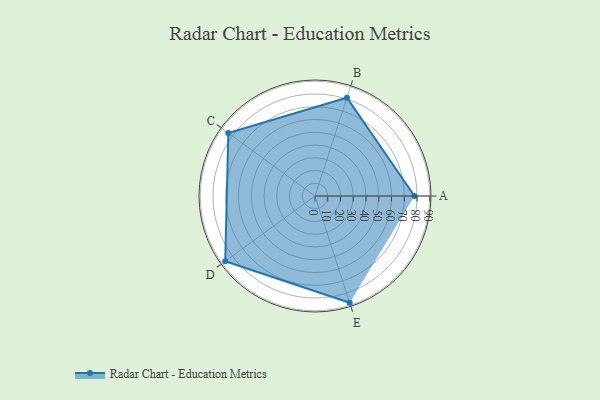
{"axis": {"x": "Skill", "y": "Score"}, "legend": ["Profile"], "data": [{"x": "A", "y": 78.0, "type": "Profile"}, {"x": "B", "y": 81.0, "type": "Profile"}, {"x": "C", "y": 84.0, "type": "Profile"}, {"x": "D", "y": 87.0, "type": "Profile"}, {"x": "E", "y": 88.0, "type": "Profile"}]}